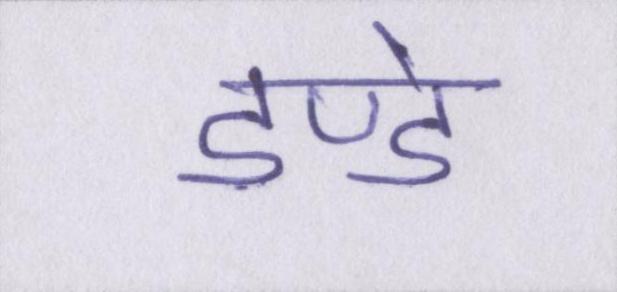
डण्डे